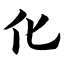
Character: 化